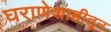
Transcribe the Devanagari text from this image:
घराणेशाहीतून